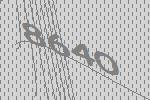
8640